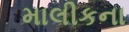
માલીકના